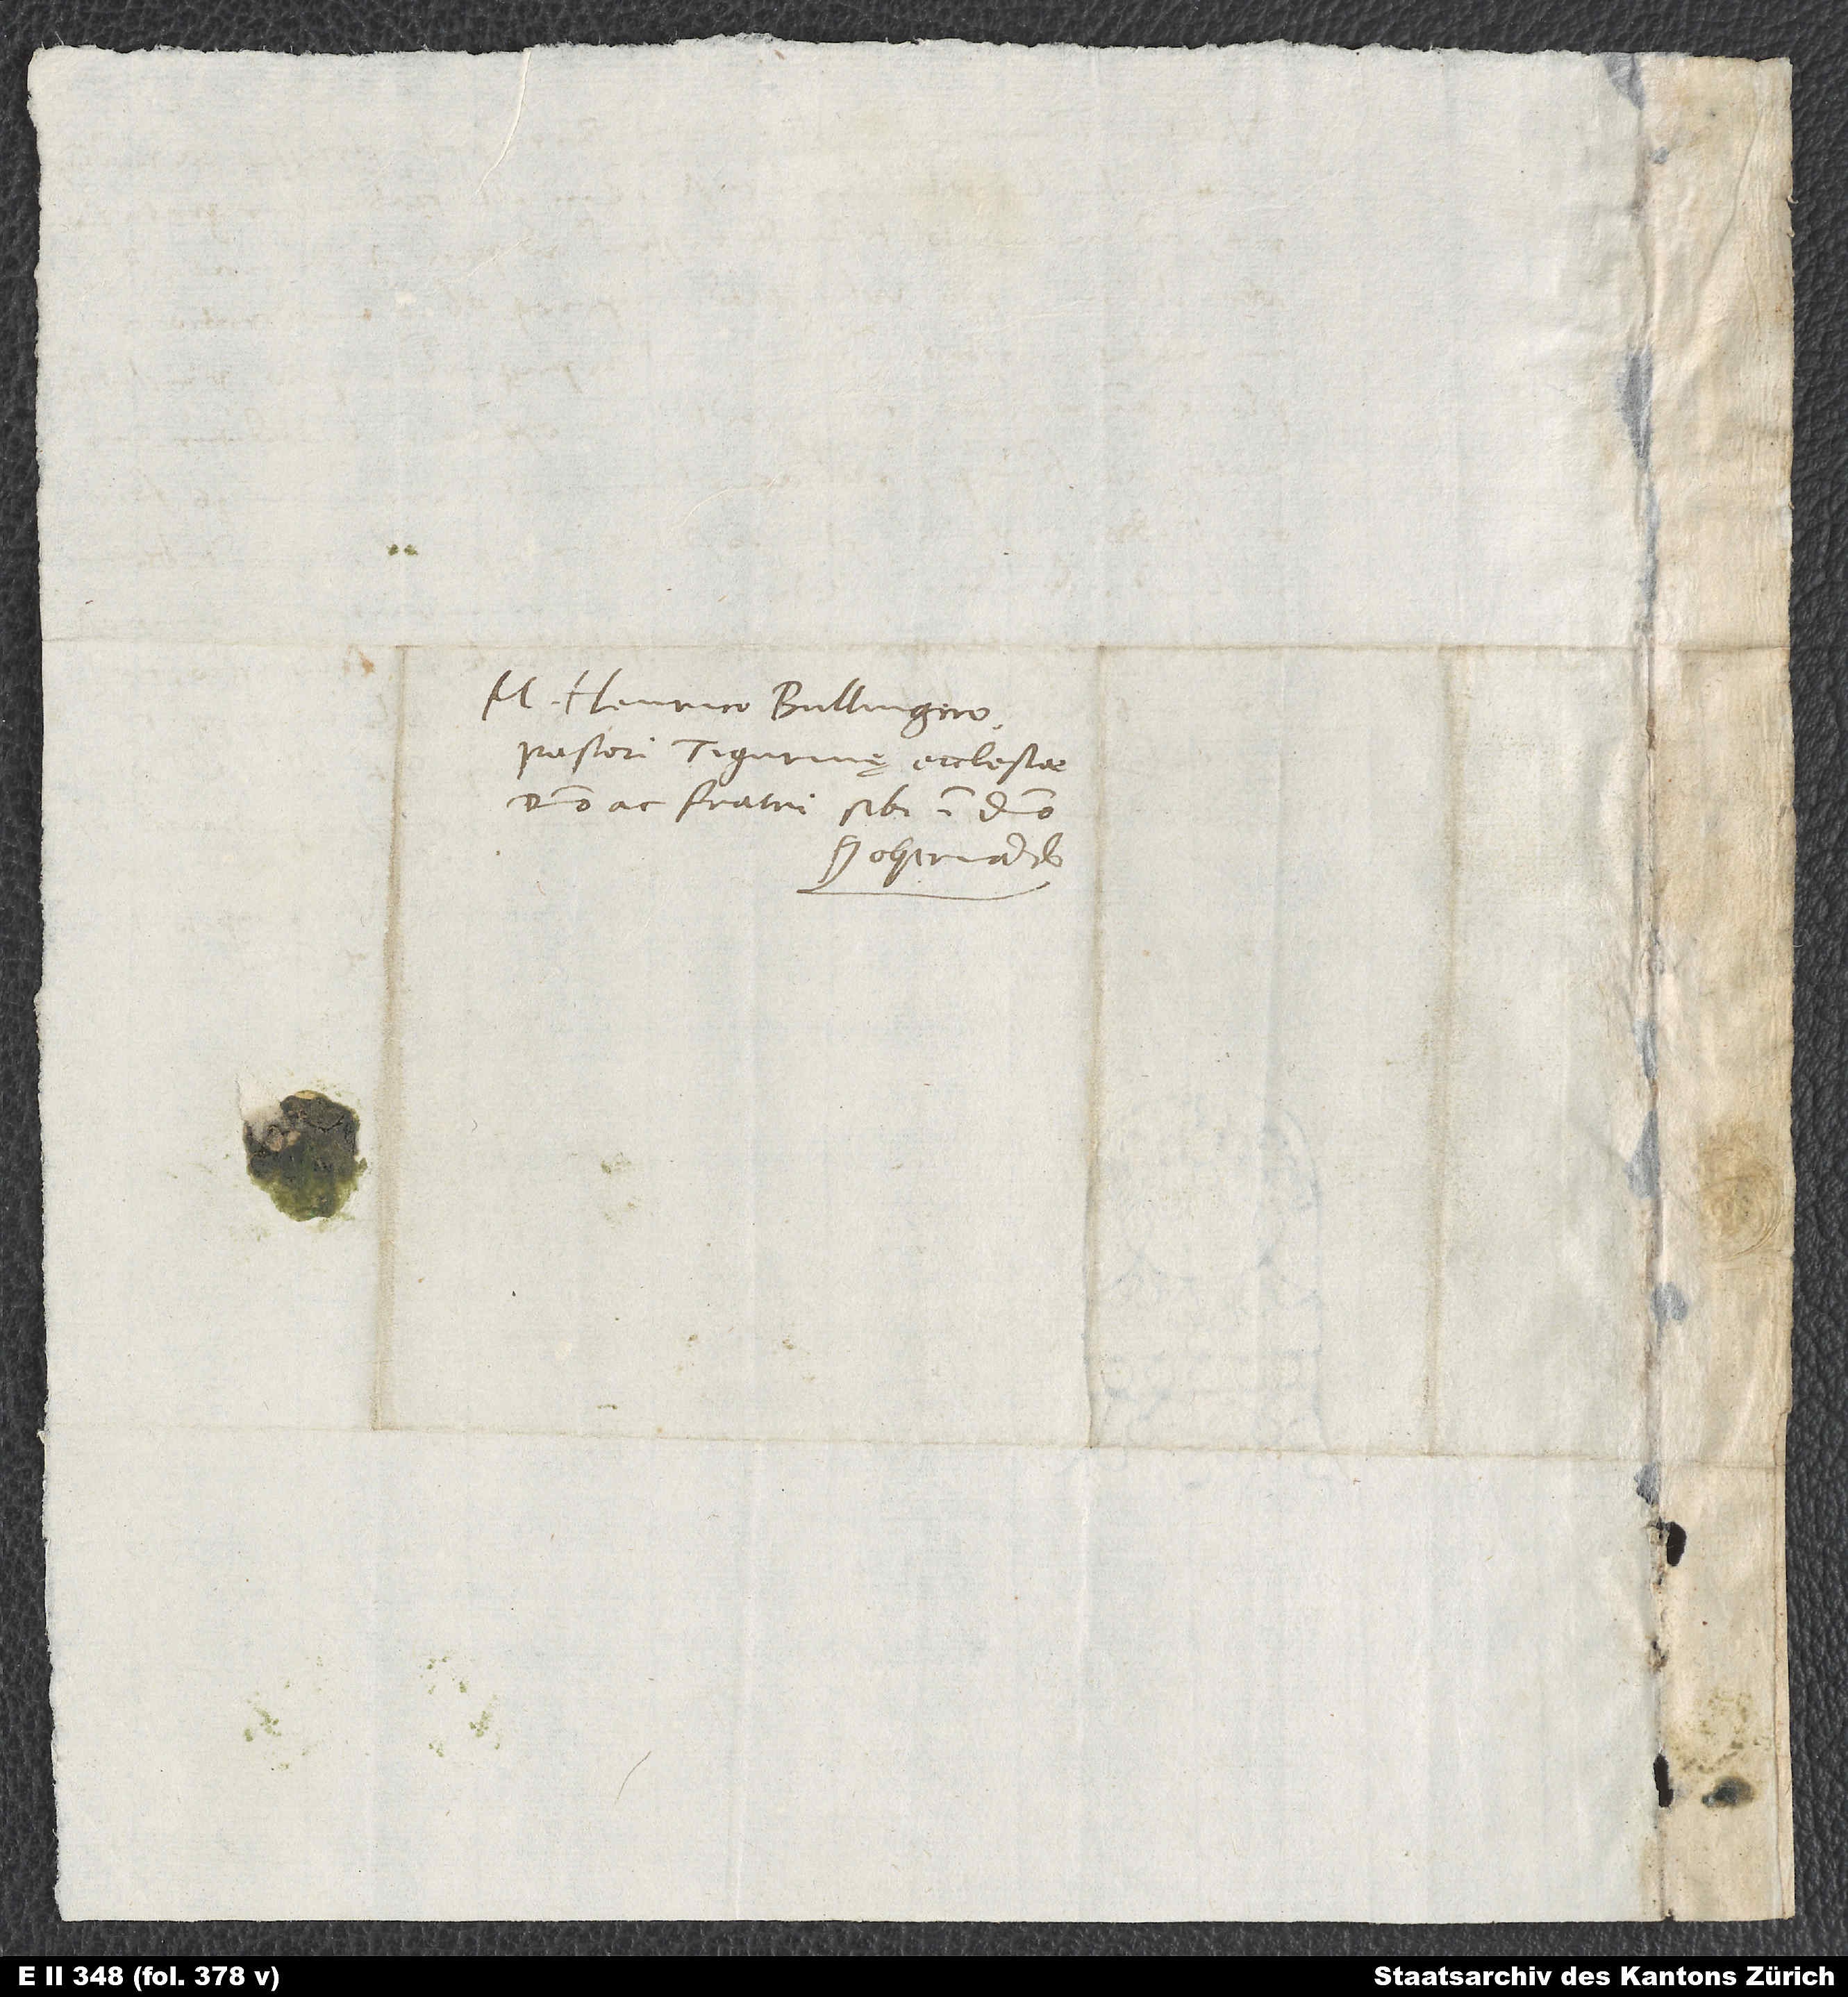
M. Henrico Bullingero,
pastori Tigurinę ecciesiae,
domino ac fratri sibi in